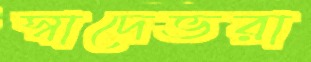
স্বাদেভরা